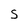
Character: s